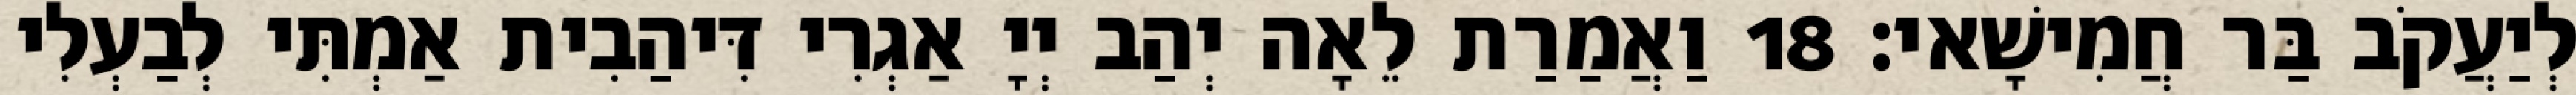
לְיַעֲקֹב בַּר חֲמִישָׁאי׃ 18 וַאֲמַרַת לֵאָה יְהַב יְיָ אַגְרִי דִּיהַבִית אַמְתִּי לְבַעְלִי